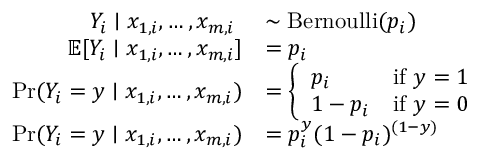
{ \begin{array} { r l } { Y _ { i } \mid x _ { 1 , i } , \ldots , x _ { m , i } \ } & { \sim \operatorname { B e r n o u l l i } ( p _ { i } ) } \\ { \operatorname { \mathbb { E } } [ Y _ { i } \mid x _ { 1 , i } , \ldots , x _ { m , i } ] } & { = p _ { i } } \\ { \operatorname* { P r } ( Y _ { i } = y \mid x _ { 1 , i } , \ldots , x _ { m , i } ) } & { = { \left\{ \begin{array} { l l } { p _ { i } } & { { \mathrm { i f ~ } } y = 1 } \\ { 1 - p _ { i } } & { { \mathrm { i f ~ } } y = 0 } \end{array} \right. } } \\ { \operatorname* { P r } ( Y _ { i } = y \mid x _ { 1 , i } , \ldots , x _ { m , i } ) } & { = p _ { i } ^ { y } ( 1 - p _ { i } ) ^ { ( 1 - y ) } } \end{array} }